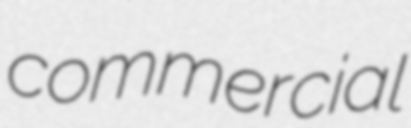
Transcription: commercial